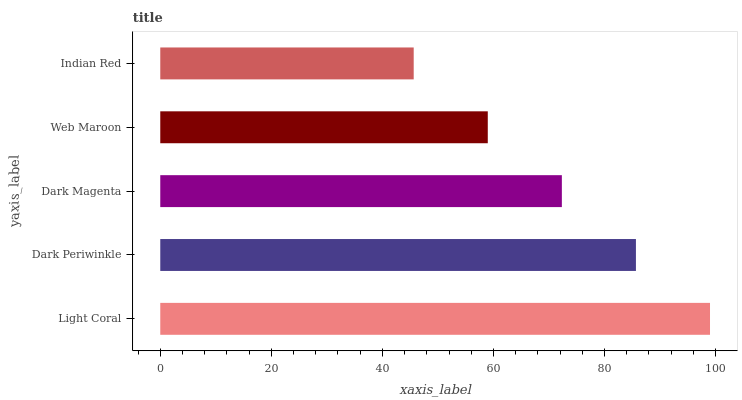
| yaxis_label | bars |
 | --- | --- |
 | Light Coral | 99 |
 | Dark Periwinkle | 85.7 |
 | Dark Magenta | 72.3 |
 | Web Maroon | 59 |
 | Indian Red | 45.6 |